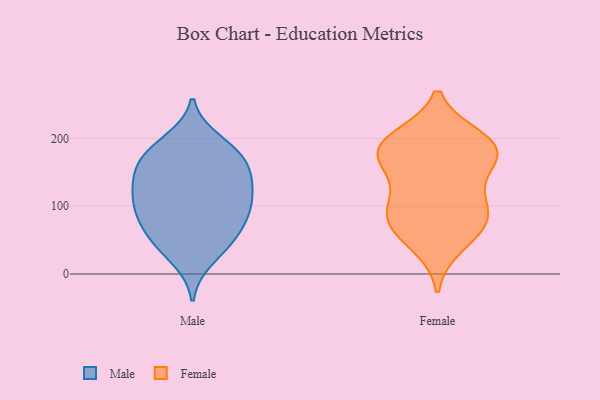
{"axis": {"x": "Gross Profit (USD K)", "y": "Value"}, "legend": ["Female", "Male"], "data": [{"x": "", "y": 91, "type": "Male"}, {"x": "", "y": 158, "type": "Male"}, {"x": "", "y": 145, "type": "Male"}, {"x": "", "y": 196, "type": "Male"}, {"x": "", "y": 76, "type": "Male"}, {"x": "", "y": 124, "type": "Male"}, {"x": "", "y": 45, "type": "Male"}, {"x": "", "y": 106, "type": "Male"}, {"x": "", "y": 23, "type": "Male"}, {"x": "", "y": 48, "type": "Male"}, {"x": "", "y": 131, "type": "Male"}, {"x": "", "y": 178, "type": "Male"}, {"x": "", "y": 183, "type": "Male"}, {"x": "", "y": 143, "type": "Male"}, {"x": "", "y": 101, "type": "Male"}, {"x": "", "y": 173, "type": "Male"}, {"x": "", "y": 59, "type": "Male"}, {"x": "", "y": 93, "type": "Male"}, {"x": "", "y": 146, "type": "Female"}, {"x": "", "y": 44, "type": "Female"}, {"x": "", "y": 184, "type": "Female"}, {"x": "", "y": 71, "type": "Female"}, {"x": "", "y": 91, "type": "Female"}, {"x": "", "y": 190, "type": "Female"}, {"x": "", "y": 167, "type": "Female"}, {"x": "", "y": 190, "type": "Female"}, {"x": "", "y": 179, "type": "Female"}, {"x": "", "y": 70, "type": "Female"}, {"x": "", "y": 103, "type": "Female"}, {"x": "", "y": 199, "type": "Female"}, {"x": "", "y": 96, "type": "Female"}]}